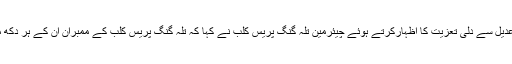
محسن قیوم شیخ اور راجہ عدیل سے دلی تعزیت کا اظہارکرتے ہوئے چیئرمین تلہ گنگ پریس کلب نے کہا کہ تلہ گنگ پریس کلب کے ممبران ان کے ہر دکھ میں برابر کے شریک ہیں ۔